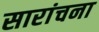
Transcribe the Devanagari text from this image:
सारांचना